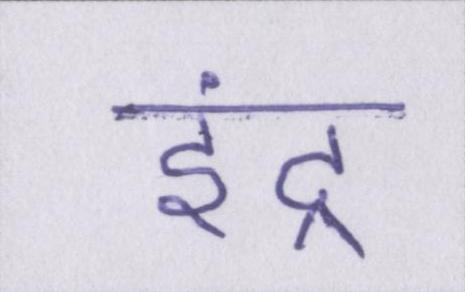
इंद्र